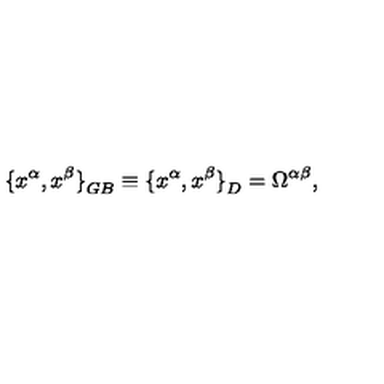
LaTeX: { \{ x ^ { \alpha } , x ^ { \beta } \} } _ { G B } \equiv { \{ x ^ { \alpha } , x ^ { \beta } \} } _ { D } = \Omega ^ { \alpha \beta } ,